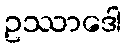
ဥဿာဒေါ